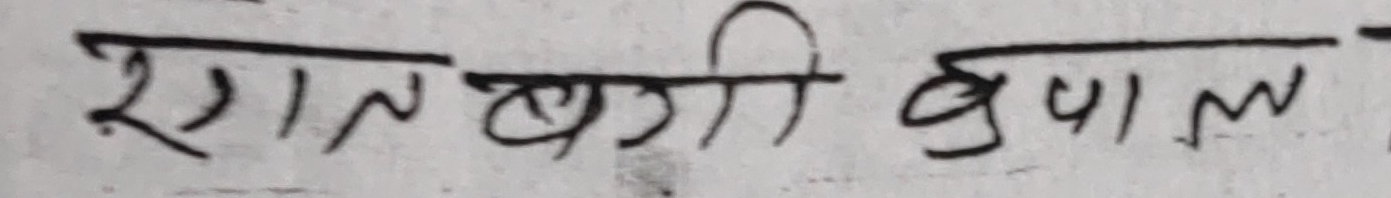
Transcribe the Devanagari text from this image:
रात बागी बुपाल